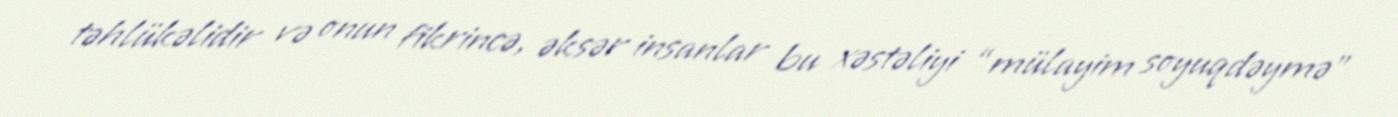
təhlükəlidir və onun fikrincə, əksər insanlar bu xəstəliyi “mülayim soyuqdəymə”